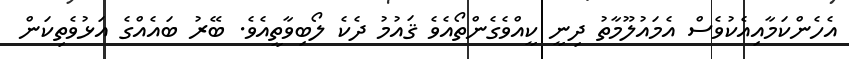
އެހެންކަމާއިއެކުވެސް އެމައުލޫމާތު ދިނީ ކީއްވެގެންތޯއެވެ ޤައުމު ދެކެ ލޯބިވާތީއެވެ. ބޭރު ބައެއްގެ އަޅުވެތިކަން